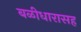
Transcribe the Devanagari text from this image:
बळीधारासह